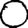
Digit: 0